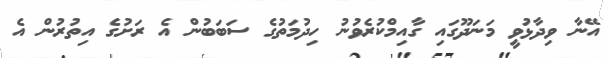
އޭނާ ވިދާޅުވީ މަނަދޫގައި ގާއިމްކުރެވުނު ހިދުމަތުގެ ސަބަބުން އެ ރަށުގެ އިތުރުން އެ